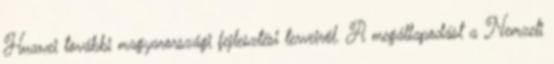
Huawei további magyarországi fejlesztési terveiről. A megállapodást a Nemzeti